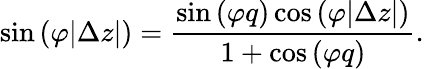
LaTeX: \sin{(\varphi|\Delta z|)}=\frac{\sin{(\varphi q)}\cos{(\varphi|\Delta z|)}}{1+\cos{(\varphi q)}}.